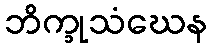
ဘိက္ခုသံဃေန